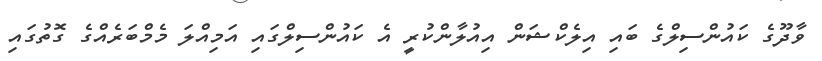
ވާދޫގެ ކައުންސިލްގެ ބައި އިލެކްޝަން އިއުލާންކުރީ އެ ކައުންސިލްގައި އަމިއްލަ މެމްބަރެއްގެ ގޮތުގައި